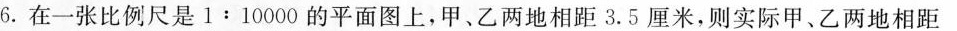
6.在一张比例尺是1:10000的平面图上，甲、乙两地相距3.5厘米，则实际甲、乙两地相距